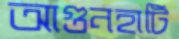
আগুনহাটি